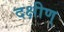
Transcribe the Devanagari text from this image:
दक्षीण्